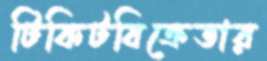
টিকিটবিক্রেতার